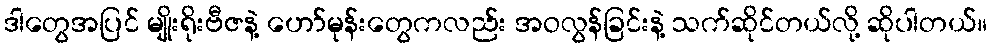
ဒါတွေအပြင် မျိုးရိုးဗီဇနဲ့ ဟော်မုန်းတွေကလည်း အဝလွန်ခြင်းနဲ့ သက်ဆိုင်တယ်လို့ ဆိုပါတယ်။